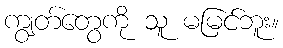
ကျွတ်တွေကို သူ မမြင်ဘူး။